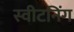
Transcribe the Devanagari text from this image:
स्वीटनिंग